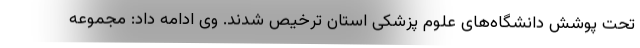
تحت پوشش دانشگاه‌های علوم پزشکی استان ترخیص شدند. وی ادامه داد: مجموعه